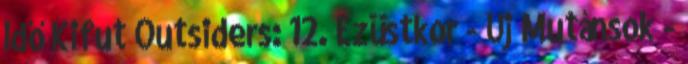
Idő Kifut Outsiders: 12. Ezüstkor - Új Mutánsok -